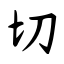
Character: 切